Vaccination in Bombay 1874-1876 - 1874-1876
Year: 1874
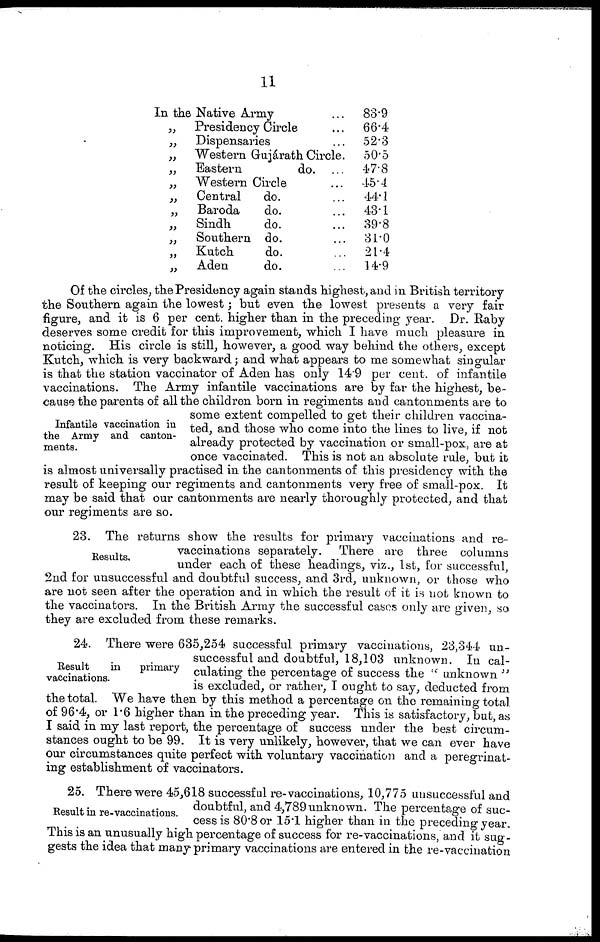
11
In the Native Army ...
„ Presidency Circle ...
„ Dispensaries ...
„
Western Gujárath Circle.
„
Eastern
do.
„
Western Circle ...
„ Central
do. ...
„
Baroda
do. ...
„ Sindh
do. ...
„
Southern do. ...
„
Kutch
do. ...
„
Aden
do. ...
83.9
66.4
52.3
50.5
47.8
45.4
44.1
43.1
39.8
31.0
21.4
14.9
Infantile vaccination in
the Army and canton-
ments.
Of the circles, the Presidency again stands highest, and in British territory
the Southern again the lowest; but even the lowest presents a very fair
figure, and it is 6 per cent. higher than in the preceding year. Dr. Raby
deserves some credit for this improvement, which I have much pleasure in
noticing. His circle is still, however, a good way behind the others, except
Kutch, which is very backward; and what appears to me somewhat singular
is that the station vaccinator of Aden has only 14.9 per cent. of infantile
vaccinations. The Army infantile vaccinations are by far the highest, be-
cause the parents of all the children born in regiments and cantonments are to
some extent compelled to get their children vaccina-
ted, and those who come into the lines to live, if not
already protected by vaccination or small-pox, are at
once vaccinated. This is not an absolute rule, but it
is almost universally practised in the cantonments of this presidency with the
result of keeping our regiments and cantonments very free of small-pox. It
may be said that our cantonments are nearly thoroughly protected, and that
our regiments are so.
Results.
23. The returns show the results for primary vaccinations and re-
vaccinations separately. There are three columns
under each of these headings, viz., 1st, for successful,
2nd for unsuccessful and doubtful success, and 3rd, unknown, or those who
are not seen after the operation and in which the result of it is not known to
the vaccinators. In the British Army the successful cases only are given, so
they are excluded from these remarks.
Result
in primary
vaccinations.
24. There were 635,254 successful primary vaccinations, 23,344 un-
successful and doubtful, 18,103 unknown. In cal-
culating the percentage of success the " unknown "
is excluded, or rather, I ought to say, deducted from
the total. We have then by this method a percentage on the remaining total
of 96.4, or 1.6 higher than in the preceding year. This is satisfactory, but, as
I said in my last report, the percentage of success under the best circum-
stances ought to be 99. It is very unlikely, however, that we can ever have
our circumstances quite perfect with voluntary vaccination and a peregrinat-
ing establishment of vaccinators.
Result in re-vaccinations.
25. There were 45,618 successful re-vaccinations, 10,775 unsuccessful and
doubtful, and 4,789 unknown. The percentage of suc-
cess is 80.8 or 15.1 higher than in the preceding year.
This is an unusually high percentage of success for re-vaccinations, and it sug-
gests the idea that many primary vaccinations are entered in the re-vaccination